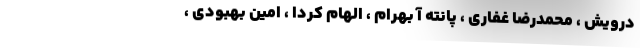
درویش ، محمدرضا غفاری ، پانته آ بهرام ، الهام کردا ، امین بهبودی ،